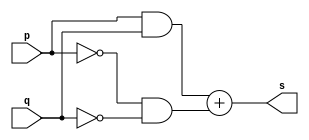
// ----------------
// Exemplo0012 - XNOR usando De Morgan
// Nome: Josemar Alves Caetano
// Matrcula: 448662
// Data: 03/08/2012
// ----------------

// ----------------
// -- xnor gate
// ----------------
module xnorgate(output s, input p, input q);
 assign s = ((p & q) + (~p & ~q));
endmodule

// ----------------
// -- test xnorgate
// ----------------
module testxnorgate;

// ---------------- Dados locais
 reg a, b; //Definir registradores
 wire s; //Definir conexo (fio)

// ---------------- Intncia
 xnorgate XNOR1(s, a, b);

// ---------------- Preparao
 initial begin: start
  a = 0; b = 0;
 end

// ---------------- Parte principal
 initial begin: main
   $display("Exemplo0012 - Josemar Alves Caetano - 448662");
	$display("Teste XNOR gate usando De Morgan.");
	$display("\t(a & b) + (~a & ~b) = s\n");
	
	$monitor("\t%b XNOR %b = %b", a, b, s);
  #1 a = 0; b = 1;
  #1 a = 1; b = 0;
  #1 a = 1; b = 1;
 
 end //main

endmodule //testxnorgate